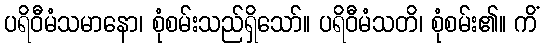
ပရိဝီမံသမာနော၊ စုံစမ်းသည်ရှိသော်။ ပရိဝီမံသတိ၊ စုံစမ်း၏။ ကိံ